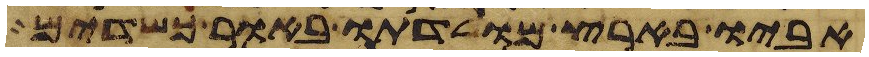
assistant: אביו בארץ מולדתו באור כשדים